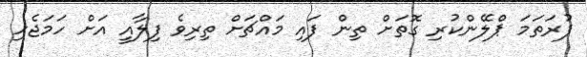
ފުރަތަމަ ޕްލޭންކުރި ގޮތަށް ތިން ފައި މައްޗަށް ތިރިވެ ފިލާއީ އަށް ހަމަޖެހި